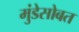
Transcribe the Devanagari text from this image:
मुंडेसोबत